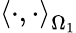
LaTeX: \left\langle\cdot,\cdot\right\rangle_{\Omega_{1}}